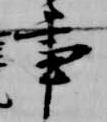
事